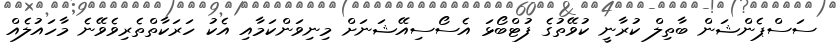
ސަސްޕެންޝަން ބާތިލް ކުރާނީ ކުވޭތުގެ ފުޓްބޯޅަ އެސޯސިއޭޝަނަށް މިނިވަންކަމާއި އެކު ހަރަކާތްތެރިވެވޭނެ މާހައުލެއް